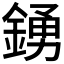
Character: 𮢛